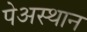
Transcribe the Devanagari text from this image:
पेअस्थान